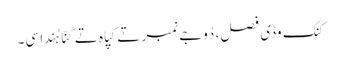
کنک وڈی فصل، دُوجے نمبر تے کپاہ تے گنّا ہُندا سی۔